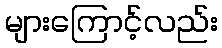
များကြောင့်လည်း